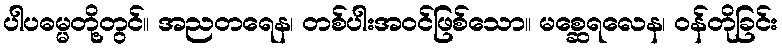
ပါပဓမ္မတို့တွင်။ အညတရေန၊ တစ်ပါးအဝင်ဖြစ်သော။ မစ္ဆေရလေန၊ ဝန်တိုခြင်း